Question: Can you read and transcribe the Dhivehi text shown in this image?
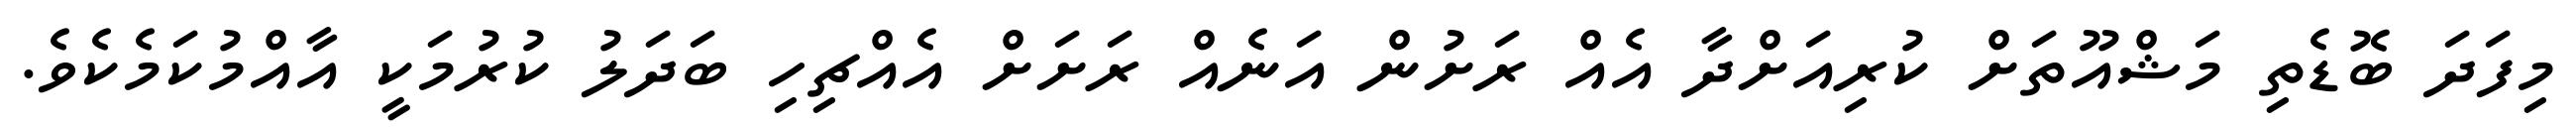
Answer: މިފަދަ ބޮޑެތި މަޝްއޫތަށް ކުރިއަށްދާ އެއް ރަށުން އަނެއް ރަށަށް އެއްޗިހި ބަދަލު ކުރުމަކީ އާއްމުކަމެކެވެ.